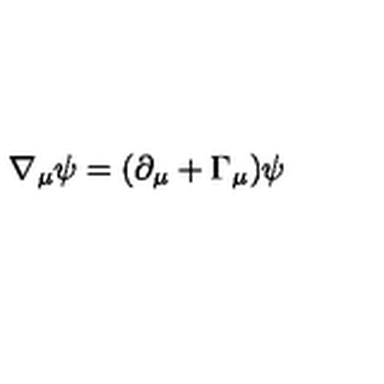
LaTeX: \nabla _ { \mu } \psi = ( \partial _ { \mu } + \Gamma _ { \mu } ) \psi